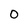
Character: 0